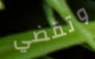
وتقضي